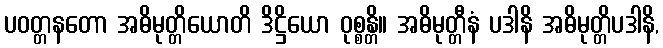
ပဝတ္တနတော အဓိမုတ္တိယောတိ ဒိဋ္ဌိယော ဝုစ္စန္တိ။ အဓိမုတ္တီနံ ပဒါနိ အဓိမုတ္တိပဒါနိ,